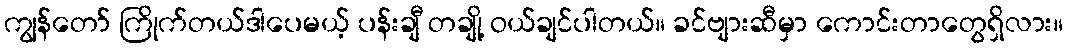
ကျွန်တော် ကြိုက်တယ်ဒါပေမယ့် ပန်းချီ တချို့ ဝယ်ချင်ပါတယ်။ ခင်ဗျားဆီမှာ ကောင်းတာတွေရှိလား။